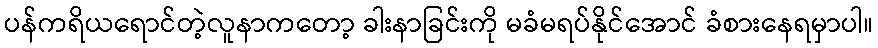
ပန်ကရိယရောင်တဲ့လူနာကတော့ ခါးနာခြင်းကို မခံမရပ်နိုင်အောင် ခံစားနေရမှာပါ။